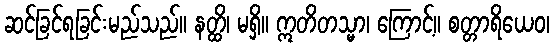
ဆင်ခြင်ရခြင်းမည်သည်။ နတ္ထိ၊ မရှိ။ ဣတိတသ္မာ၊ ကြောင့်။ စတ္တာရိယေဝ၊